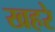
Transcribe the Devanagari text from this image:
खहरे